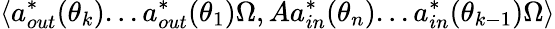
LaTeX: \left\langle a_{out}^{\ast}(\theta_{k})...a_{out}^{\ast}(\theta_{1})\Omega,Aa_{in}^{\ast}(\theta_{n})...a_{in}^{\ast}(\theta_{k-1})\Omega\right\rangle